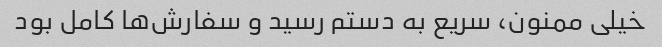
خیلی ممنون، سریع به دستم رسید و سفارش‌ها کامل بود